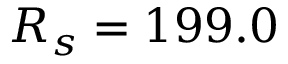
R _ { s } = 1 9 9 . 0